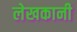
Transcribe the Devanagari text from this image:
लेखकानी